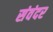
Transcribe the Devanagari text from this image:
संवंदर